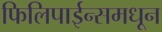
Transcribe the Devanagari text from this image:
फिलिपाईन्समधून